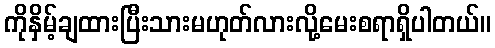
ကိုနှိမ့်ချထားပြီးသားမဟုတ်လားလို့မေးစရာရှိပါတယ်။